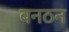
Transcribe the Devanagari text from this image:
बनठन